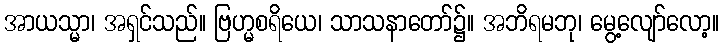
အာယသ္မာ၊ အရှင်သည်။ ဗြဟ္မစရိယေ၊ သာသနာတော်၌။ အဘိရမဘု၊ မွေ့လျော်လော့။